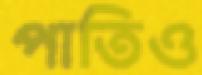
পাতিও